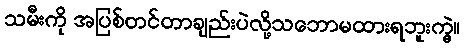
သမီးကို အပြစ်တင်တာချည်းပဲလို့သဘောမထားရဘူးကွဲ့။